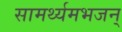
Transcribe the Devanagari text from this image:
सामर्थ्यमभजन्